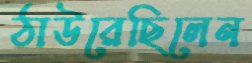
ঠাউরেছিলেন